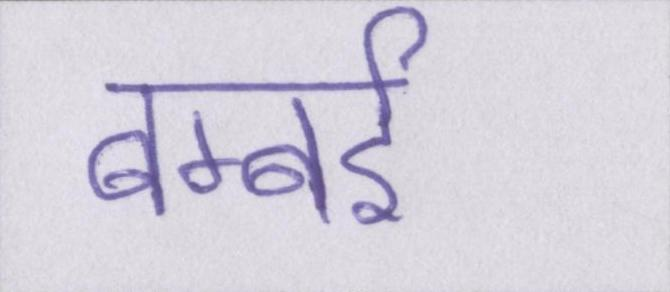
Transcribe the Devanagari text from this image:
बम्बर्इ